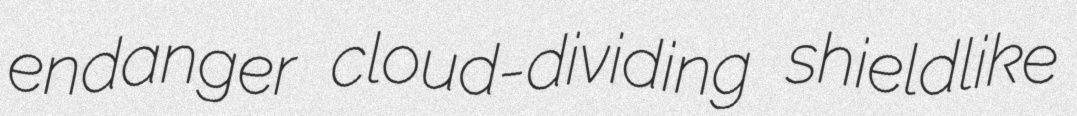
endanger cloud-dividing shieldlike